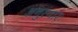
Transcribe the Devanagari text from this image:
अनुस्वारः